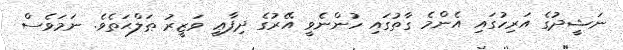
ނަޝީދުގެ އަރިހުގައި އެންމެ ގާތުގައި ހުންނެވީ އޭރުގެ ދިފާޢީ ވަޒީރު ޠަލްޙަތެވެ. ނަމަވެސް